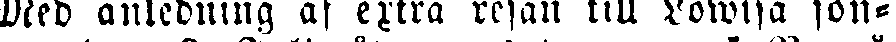
Med anledning af extra resan till Lowisa sön-